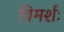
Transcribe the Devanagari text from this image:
विमर्शः